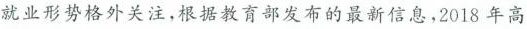
就业形势格外关注，根据教育部发布的最新信息，2018年高